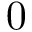
0